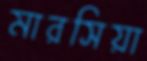
মারসিয়া